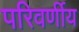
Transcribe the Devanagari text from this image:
परिवर्णीय